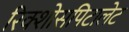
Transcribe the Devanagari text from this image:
रिक्शोसपिटालेट